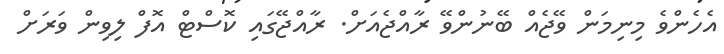
އެހެންވެ މިނިމަން ވޭޖެއް ބޭނުންވޭ ރާއްޖެއަށް. ރާއްޖޭގައި ކޮސްޓް އޮފް ލިވިން ވަރަށް